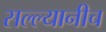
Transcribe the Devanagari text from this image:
सल्ल्यानीच